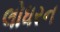
લોધરન